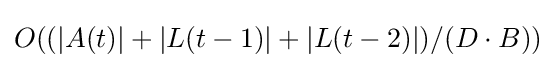
O((|A(t)|+|L(t-1)|+|L(t-2)|)/(D\cdot B))